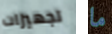
تجهيزات ما